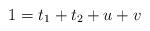
LaTeX: \begin{align*}1 = t_1 + t_2 + u + v \end{align*}